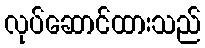
လုပ်ဆောင်ထားသည်